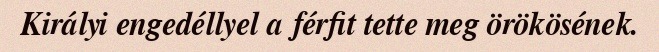
Királyi engedéllyel a férfit tette meg örökösének.